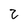
Character: 2